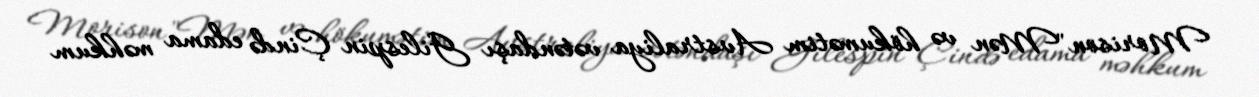
Morison "Mən və hökumətim Avstraliya vətəndaşı Gilespin Çində edama məhkum